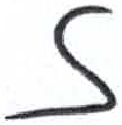
אות: ז